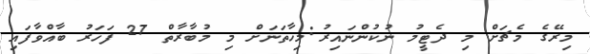
މިރޭގެ މެޗަށް މި ދެޓީމު ނުކުންނައިރު:މިހާތަނަށް މި މުބާރާތް 27 ފަހަރު ބާއްވާފައި